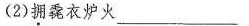
(2)拥毳衣炉火_